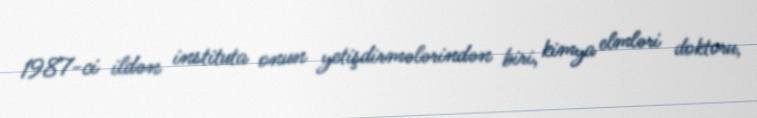
1987-ci ildən instituta onun yetişdirmələrindən biri, kimya elmləri doktoru,